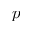
p